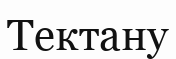
Тектану